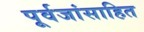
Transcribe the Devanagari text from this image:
पूर्वजांसाहित